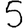
Digit: 5